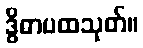
ဒွိဓာပထသုတ်။